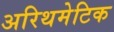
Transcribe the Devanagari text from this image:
अरिथमेटिक